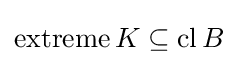
\operatorname {extreme} K\subseteq \operatorname {cl} B